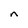
Character: n